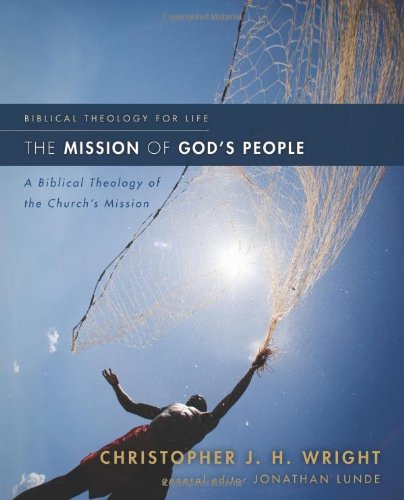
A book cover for The Mission of God's People: A Biblical Theology of the Church's Mission (Biblical Theology for Life); Christopher J. H. Wright; Christian Books & Bibles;